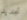
تجديد